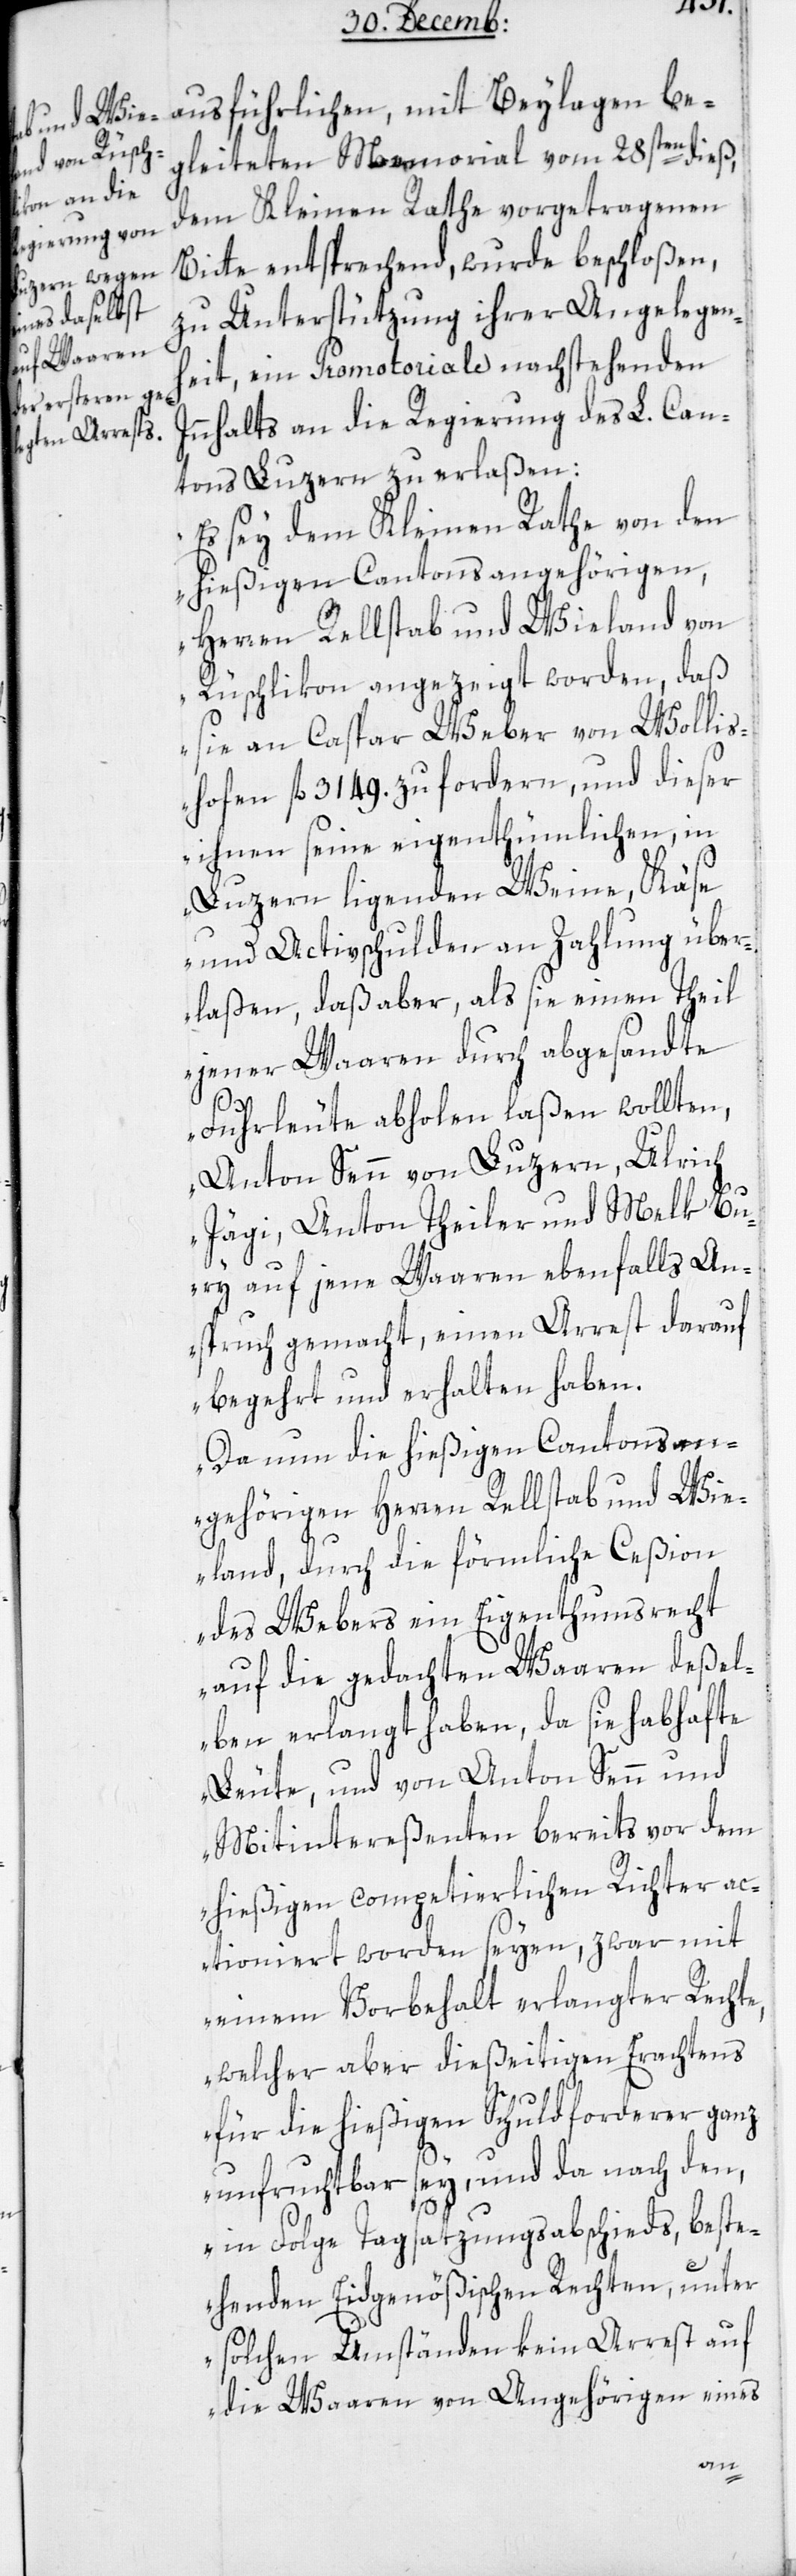
In¬
ausführlichen, mit Beylagen be¬
gleiteten Memorial vom 28sten dieß,
dem Kleinen Rathe vorgetragenen
Bitte entsprechend, wurde beschloßen,
zu Unterstützung ihrer Angelegen¬
heit, ein Promotoriale nachstehenden
nhalts an die Regierung des L. Can¬
tons Luzern zu erlaßen:
„Es sey dem Kleinen Rathe von den
hießigen Cantonsangehörigen,
Herren Rellstab und Wieland von
Rüschlikon angezeigt worden, daß
sie an Caspar Weber von Wollis¬
hofen fl. 3149 zu fordern, und dieser
ihnen seine eigenthümlichen, in
Luzern liegenden Weine, Käse
und Activschulden an Zahlung über¬
laßen, daß aber, als sie einen Theil
jener Waaren durch abgesandte
Fuhrleute abholen laßen wollten,
Anton Senn von Luzern, Ulrich
Jägi, Anton Theiler und Melk Bu¬
ri auf jene Waaren ebenfalls An¬
spruch gemacht, einen Arrest darauf
begehrt und erhalten haben.
Da nun die hießigen Cantonsan¬
gehörigen Herren Rellstab und Wie¬
land, durch die förmliche Ceßion
des Webers ein Eigenthumsrecht
auf die gedachte Waaren deßel¬
ben erlangt haben, da sie habhafte
Leute, und von Anton Senn und
Mitintereßenten bereits vor dem
hießigen competierlichen Richter ac¬
tioniert worden seyen, zwar mit
einem Vorbehalt verlangter Rechte,
welcher aber dießeitigen Erachtens
für die hießigen Schuldforderer ganz
unfruchtbar sey, und da nach den,
in Folge Tagsatzungsabschieds beßte¬
henden Eidgenößischen Rechten, unter
solchen Umständen kein Arrest auf
die Waaren von Angehörigen eines